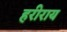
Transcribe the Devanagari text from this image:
हरीराय